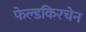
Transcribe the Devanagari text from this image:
फेल्डकिरचेन